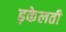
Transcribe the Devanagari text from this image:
ढ़केलती